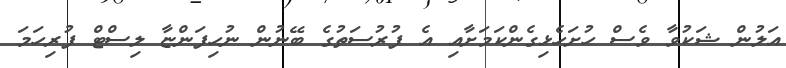
އަލުން ޝަކުވާ ވެސް ހުށަހެޅިގެންކަމަށާއި އެ ފުރުސަތުގެ ބޭނުން ނުހިފަންޏާ ލިސްޓް ފުރިހަމަ